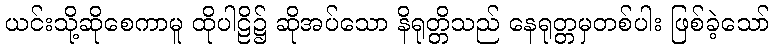
ယင်းသို့ဆိုစေကာမူ ထိုပါဠိ၌ ဆိုအပ်သော နိရုတ္တိသည် နေရုတ္တမှတစ်ပါး ဖြစ်ခဲ့သော်